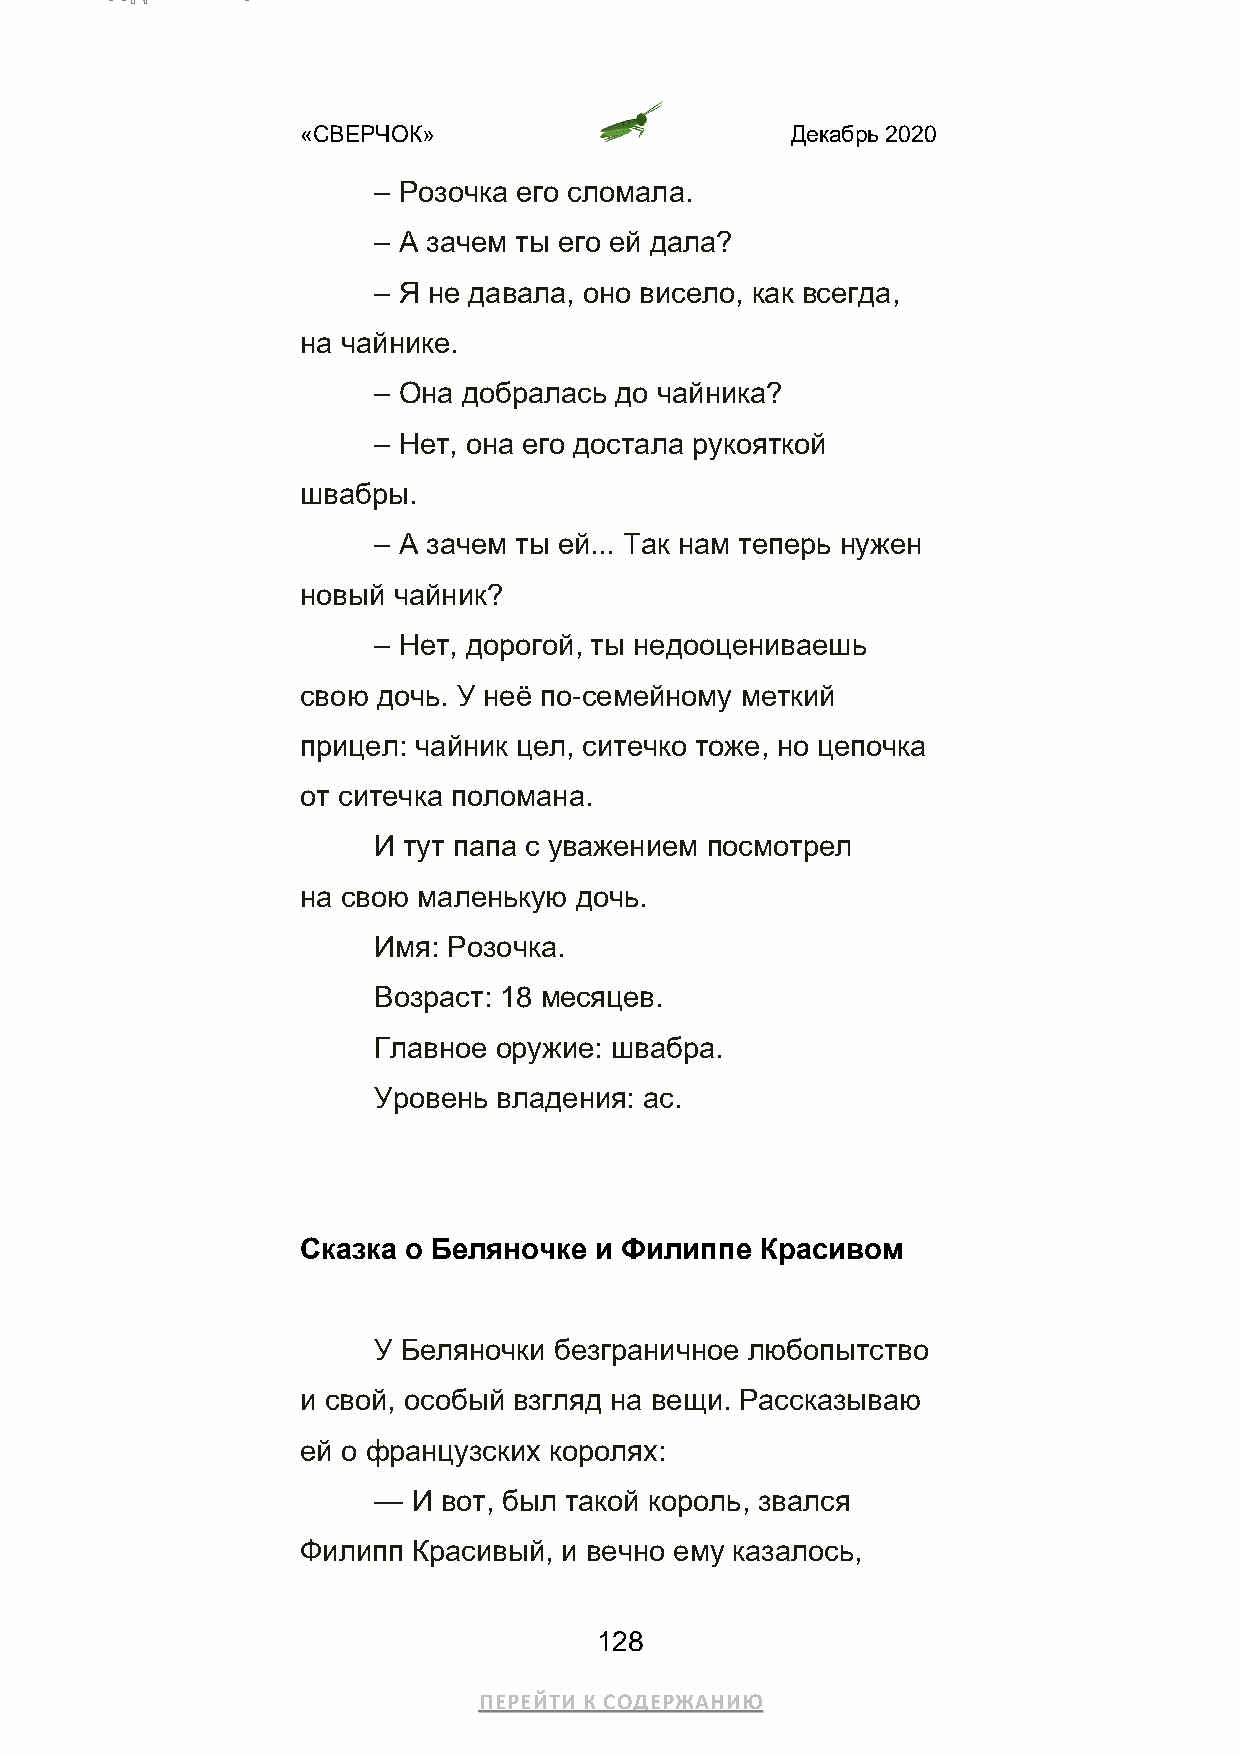
«СВЕРЧОК»                       Декабрь 2020
 – Розочка его сломала.
 – А зачем ты его ей дала?
 – Я не давала, оно висело, как всегда,
 на чайнике.
 – Она добралась до чайника?
 – Нет, она его достала рукояткой
 швабры.
 – А зачем ты ей... Так нам теперь нужен
 новый чайник?
 – Нет, дорогой, ты недооцениваешь
 свою дочь. У неё по-семейному меткий
 прицел: чайник цел, ситечко тоже, но цепочка
 от ситечка поломана.
 И тут папа с уважением посмотрел
 на свою маленькую дочь.
 Имя: Розочка.
 Возраст: 18 месяцев.
 Главное оружие: швабра.
 Уровень владения: ас.
 Сказка о Беляночке и Филиппе  Красивом
 У Беляночки безграничное любопытство
 и свой, особый взгляд на вещи. Рассказываю
 ей о французских королях:
 — И вот, был такой король, звался
 Филипп Красивый, и вечно ему казалось,
 128
 ПЕРЕЙТИ К СОДЕРЖАНИЮ